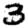
Digit: 3